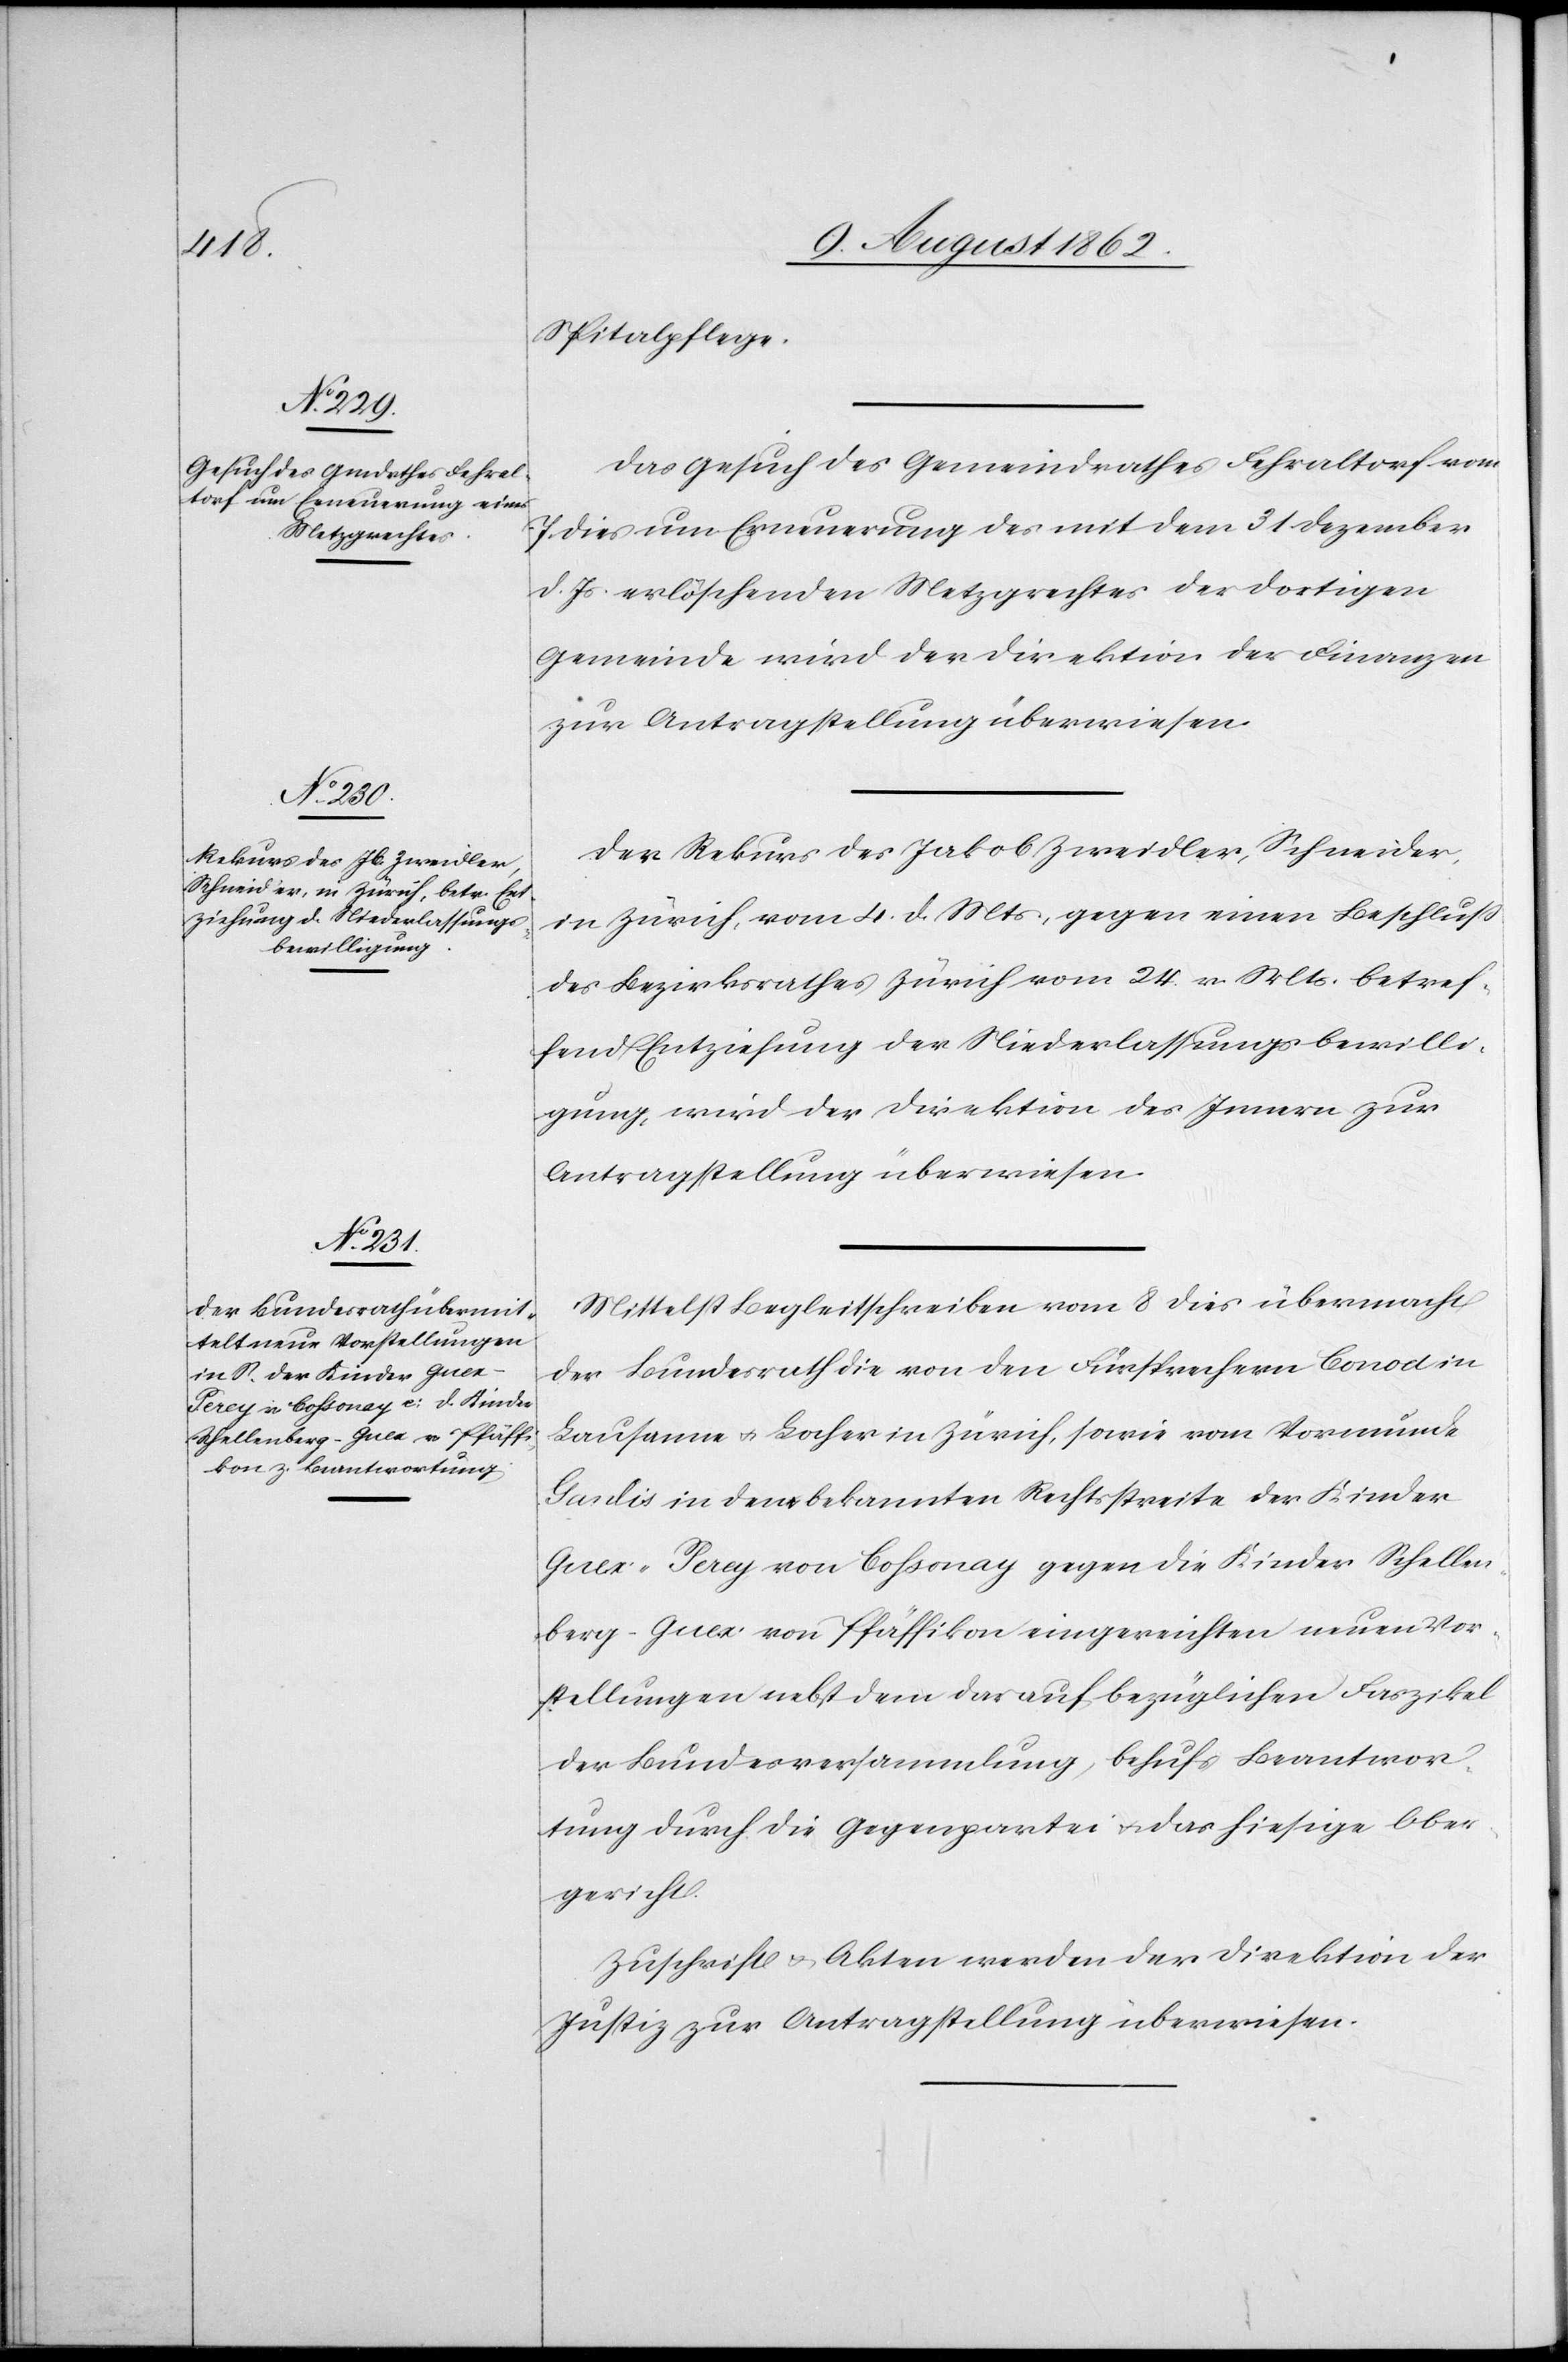
11. August 1862.]
Spitalpflege.
Das Gesuch des Gemeindrathes Fehraltorf vom
7. dies um Erneuerung des mit dem 31. Dezember
d. Js. erlöschenden Metzgrechtes der dortigen
Gemeinde wird der Direktion der Finanzen
zur Antragstellung überwiesen.
Der Rekurs des Jakob Zweidler, Schneider,
in Zürich, vom 4. d. Mts, gegen einen Beschluß
des Bezirksrathes Zürich vom 24. v. Mts. betref¬
fend Entziehung der Niederlassungsbewilli¬
gung, wird der Direktion des Innern zur
Antragstellung überwiesen.
Mittelst Begleitschreiben vom 8. dies übermacht
der Bundesrath die von den Fürsprechern Conod in
Lausanne u. Locher in Zürich, sowie vom Vormunde
Gardis in dem bekannten Rechtstreite der Kinder
Guex-Percy von Cossonay gegen die Kinder Schellen¬
berg-Guex von Pfäffikon eingereichten neuen Vor¬
stellungen nebst d darauf bezüglichen Faszikel
der Bundesversammlung, behufs Beantwor¬
tung durch die Gegenpartei u. das hiesige Ober¬
gericht.
Zuschrift u. Akten werden der Direktion der
Justiz zur Antragstellung überwiesen.